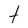
Character: t